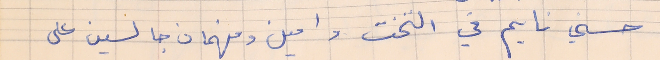
حسني نايم في التخت وامين وفهمان جالسين على